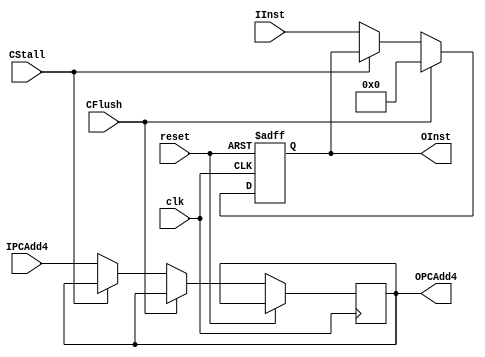
module RegIFID (clk,
                reset,
                IPCAdd4,
                IInst,
                CFlush,
                CStall,
                OPCAdd4,
                OInst);
    input clk, reset;
    input [31:0] IPCAdd4, IInst;
    input CFlush, CStall;
    output reg [31:0] OPCAdd4, OInst;
    // Hazard is realized in the overall design of pipeline. Used when deciding the input of IF/ID.
    
    always @(posedge clk or posedge reset) begin
        if (reset) begin
            OInst <= 32'b0;
            end else if (CFlush) begin
            OInst <= 32'b0;
            end else if (!CStall) begin
            OPCAdd4 <= IPCAdd4;
            OInst   <= IInst;
        end
    end
endmodule